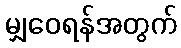
မျှဝေရန်အတွက်